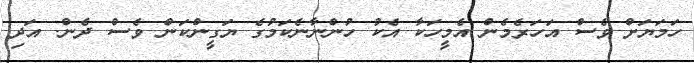
ހަމަޔަށް ވެސް އަހަރެމެން އެމީހަކާ އެކު ހުންނާނެކަމުގެ ޔަގީންކަން ވެސް ދެން. އަދި